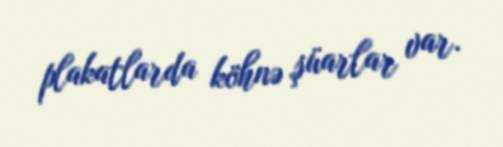
plakatlarda köhnə şüarlar var.